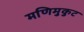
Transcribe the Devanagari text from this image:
मणिमुकुट